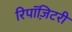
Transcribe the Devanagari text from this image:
रिपॉज़िटरी